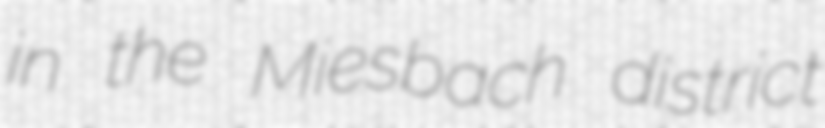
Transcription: in the Miesbach district